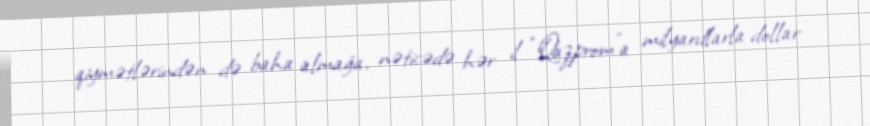
qiymətlərindən də baha almağa, nəticədə hər il “Qazprom”a milyardlarla dollar